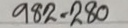
982 = 280